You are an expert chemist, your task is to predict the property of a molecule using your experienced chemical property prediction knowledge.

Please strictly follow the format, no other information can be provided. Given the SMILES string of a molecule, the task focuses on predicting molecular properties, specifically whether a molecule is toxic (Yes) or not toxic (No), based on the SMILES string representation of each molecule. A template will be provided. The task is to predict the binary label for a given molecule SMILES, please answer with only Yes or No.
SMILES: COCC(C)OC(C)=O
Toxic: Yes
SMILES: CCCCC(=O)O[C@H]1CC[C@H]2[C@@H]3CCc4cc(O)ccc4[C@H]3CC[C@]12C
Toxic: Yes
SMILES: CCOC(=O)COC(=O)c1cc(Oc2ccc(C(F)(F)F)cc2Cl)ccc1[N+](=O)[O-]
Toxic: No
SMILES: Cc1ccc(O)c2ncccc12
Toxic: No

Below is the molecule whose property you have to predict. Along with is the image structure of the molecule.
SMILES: OCCN(CCO)CCO
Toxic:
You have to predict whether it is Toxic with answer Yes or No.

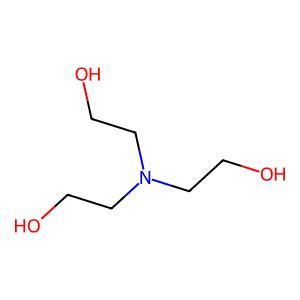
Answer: No